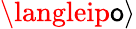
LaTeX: \langleip\mathsf{o}\rangle